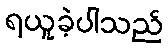
ရယူခဲ့ပါသည်